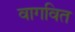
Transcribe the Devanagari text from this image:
वागवित